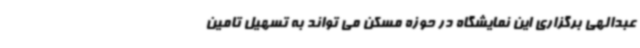
عبدالهی برگزاری این نمایشگاه در حوزه مسکن می تواند به تسهیل تامین